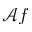
\mathcal { A } f